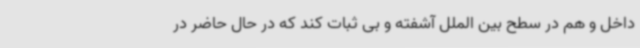
داخل و هم در سطح بین الملل آشفته و بی ثبات کند که در حال حاضر در